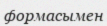
формасымен